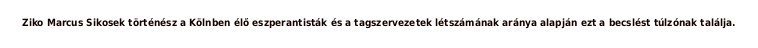
Ziko Marcus Sikosek történész a Kölnben élő eszperantisták és a tagszervezetek létszámának aránya alapján ezt a becslést túlzónak találja.